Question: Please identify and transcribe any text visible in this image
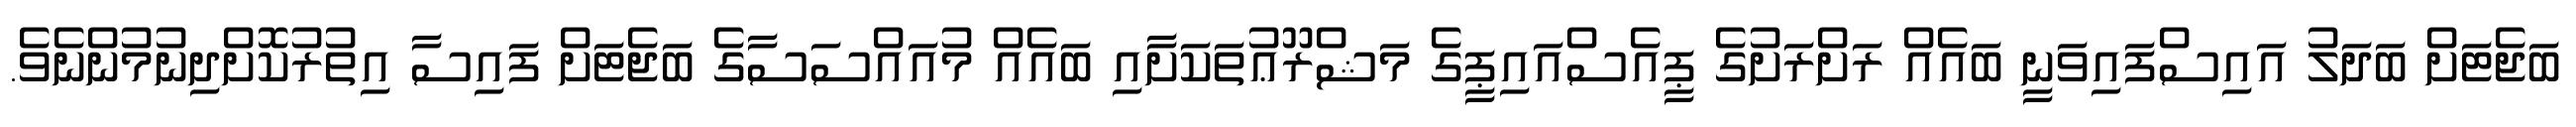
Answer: ބަޖެޓަށް ބަދަލު އައިސްފައިވަނީ ބައެއް ރަށްރަށުގެ ޕީއެސްއައިޕީގެ މަޝްރޫޢުތަކަށާއި ބައެއް މުއައްސަސާގެ ބަޖެޓަށް ފައިސާ އިތުރުކޮށްދިނުމުންނެވެ.